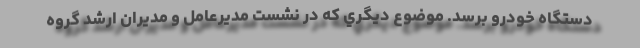
دستگاه خودرو برسد. موضوع ديگري كه در نشست مدیرعامل و مدیران ارشد گروه